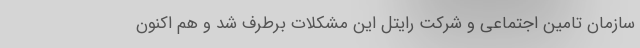
سازمان تامین اجتماعی و شرکت رایتل این مشکلات برطرف شد و هم اکنون